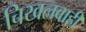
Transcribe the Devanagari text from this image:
चिखलवाही